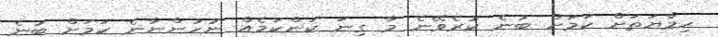
ހިމާޔަތަށް ކަމަށް ބުނެ ކުރެވޭނެ މާ ގިނަ ކަންކަމެއް ނުހުންނާނެ ކަމަށް ބުނެ